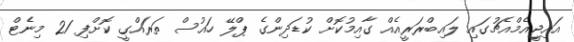
އައިޖީއެމްއެޗުގައި ލައިބްރަރީއެއް ގާއިމުކޮށް ކުޑަދިންގެ ޕްލޭ ހައުސް ތަރައްގީ ކޮށްފި 21 މިނެޓް